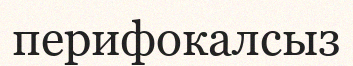
перифокалсыз